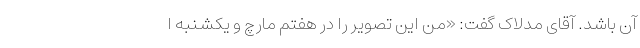
آن باشد. آقای مدلاک گفت: «من این تصویر را در هفتم مارچ و یکشنبه ا